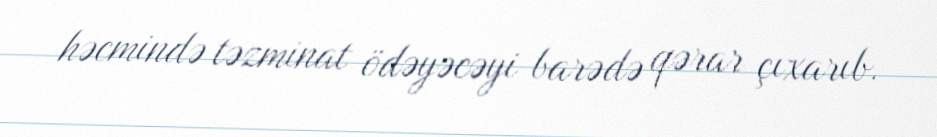
həcmində təzminat ödəyəcəyi barədə qərar çıxarıb.